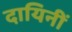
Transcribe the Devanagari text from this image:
दायिनीं